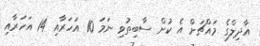
އާދިލްގެ މައްޗަށް އެ ކުށް ސާބިތުވި ނަމަ 10 އަހަރާއި 14 އަހަރާއި